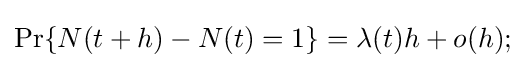
\textstyle \Pr\{N(t+h)-N(t)=1\}=\lambda (t)h+o(h);